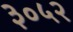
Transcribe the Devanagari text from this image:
३०५२